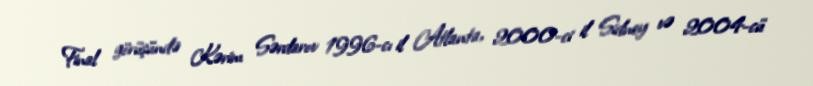
Final görüşündə Kərim Sərdarov 1996-cı il Atlanta, 2000-ci il Sidney və 2004-cü